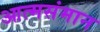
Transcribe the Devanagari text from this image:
आत्मसंमान